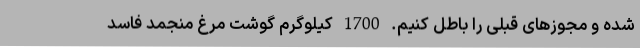
شده و مجوزهای قبلی را باطل کنیم. 1700 کیلوگرم گوشت مرغ منجمد فاسد